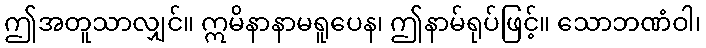
ဤအတူသာလျှင်။ ဣမိနာနာမရူပေန၊ ဤနာမ်ရုပ်ဖြင့်။ သောဘဏံဝါ၊